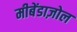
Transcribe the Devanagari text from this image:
मीबेंडाज़ोल